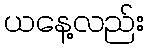
ယနေ့လည်း